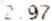
2.97